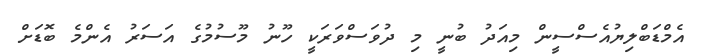
އެމްޑަބްލިޔުއެސްސީން މިއަދު ބުނީ މި ދުވަސްވަރަކީ ހޫނު މޫސުމުގެ އަސަރު އެންމެ ބޮޑަށް